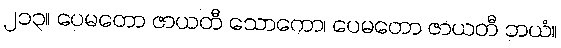
၂၁၃။ ပေမတော ဇာယတီ သောကော၊ ပေမတော ဇာယတီ ဘယံ။